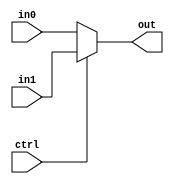
module mux21(in0,in1,ctrl,out);
parameter width=8;
input [width-1:0] in0,in1;
input ctrl;
output [width-1:0] out;

assign out=ctrl?in1:in0;

endmodule